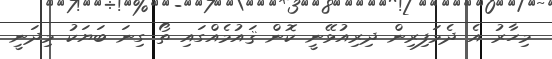
މިހާރު އެ ދެމަފިރިން ދިރިއުޅޭނީ ކޮން ޤައުމެއްގައި ތޯ ގިނަ ބަޔަކު މިދަނީ